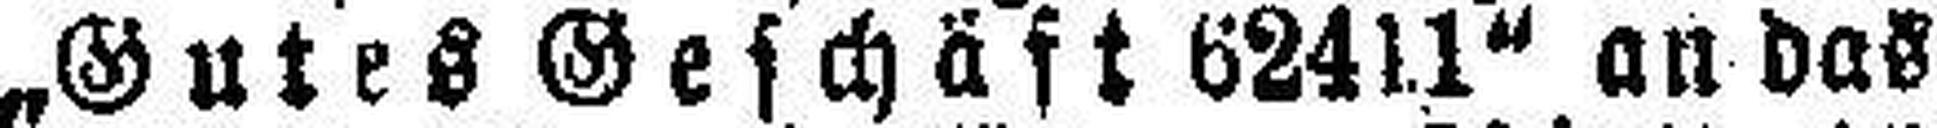
„Gutes Geschäft 62411“ an das